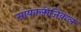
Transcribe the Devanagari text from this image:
सायक्लोजिकल